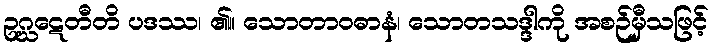
ဥဂ္ဃဋေတီတိ ပဒဿ၊ ၏။ သောတာဝဓာနံ၊ သောတသဒ္ဒါကို အစဉ်မှီသဖြင့်